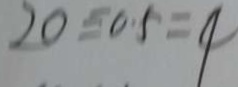
2 0 \div 0 . 5 = 4